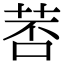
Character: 䓏